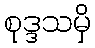
စုဒ္ဒသမှိ